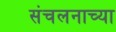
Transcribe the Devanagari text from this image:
संचलनाच्या